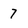
Character: 7